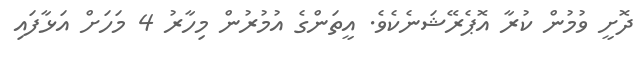
ދޮށީ ވުމުން ކުރާ އޮޕެރޭޝަނެކެވެ. އީތަންގެ އުމުރުން މިހާރު 4 މަހަށް އަޅާފައި